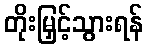
တိုးမြှင့်သွားရန်